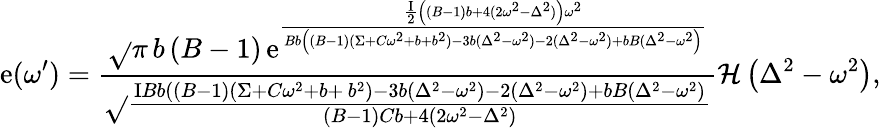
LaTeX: \mathrm{e}(\omega^{\prime})=\frac{{\sqrt{}{{\pi\, b\left(B-1\right)}}\, {\mathrm{\mathrm{e}}}^{\frac{{\frac{{\mathrm{{I}}}}{{2}}\left((B-1)b+4(2\omega^{2}-\Delta^{2})\right)\omega^{2}}}{{Bb\left((B-1)(\Sigma+C\omega^{2}+b+b^{2})-3b(\Delta^{2}-\omega^{2})-2(\Delta^{2}-\omega^{2})+bB(\Delta^{2}-\omega^{2}\right)}}}}}{{\sqrt{}{{\frac{{\mathrm{{I}}Bb\left((B-1)(\Sigma+C\omega^{2}+b+\, b^{2})-3b(\Delta^{2}-\omega^{2})-2(\Delta^{2}-\omega^{2})+bB(\Delta^{2}-\omega^{2}\right)}}{{(B-1)Cb+4(2\omega^{2}-\Delta^{2})}}}}}}\mathcal{{H}}\left(\Delta^{2}-\omega^{2}\right),